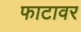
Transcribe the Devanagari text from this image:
फाटावर